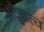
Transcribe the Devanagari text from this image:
अद्वेत्तत्व